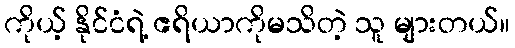
ကိုယ့် နိုင်ငံရဲ့ ဧရိယာကိုမသိတဲ့ သူ များတယ်။